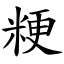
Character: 粳